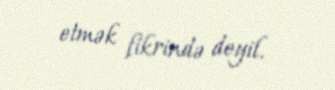
etmək fikrində deyil.